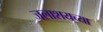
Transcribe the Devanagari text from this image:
जलाशयच्या